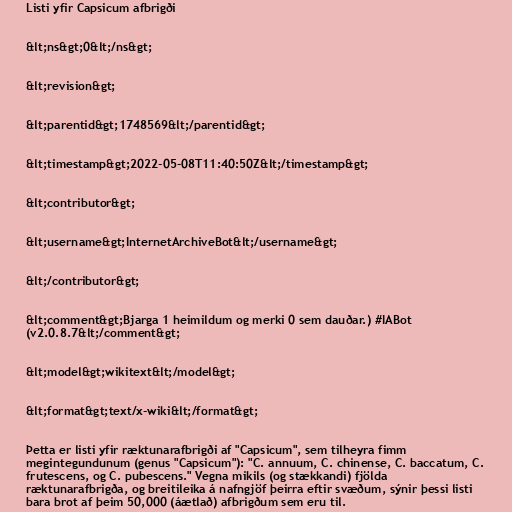
Listi yfir Capsicum afbrigði

&lt;ns&gt;0&lt;/ns&gt;

&lt;revision&gt;

&lt;parentid&gt;1748569&lt;/parentid&gt;

&lt;timestamp&gt;2022-05-08T11:40:50Z&lt;/timestamp&gt;

&lt;contributor&gt;

&lt;username&gt;InternetArchiveBot&lt;/username&gt;

&lt;/contributor&gt;

&lt;comment&gt;Bjarga 1 heimildum og merki 0 sem dauðar.) #IABot
(v2.0.8.7&lt;/comment&gt;

&lt;model&gt;wikitext&lt;/model&gt;

&lt;format&gt;text/x-wiki&lt;/format&gt;

Þetta er listi yfir ræktunarafbrigði af "Capsicum", sem tilheyra fimm
megintegundunum (genus "Capsicum"): "C. annuum, C. chinense, C. baccatum, C.
frutescens, og C. pubescens." Vegna mikils (og stækkandi) fjölda
ræktunarafbrigða, og breitileika á nafngjöf þeirra eftir svæðum, sýnir þessi listi
bara brot af þeim 50,000 (áætlað) afbrigðum sem eru til.